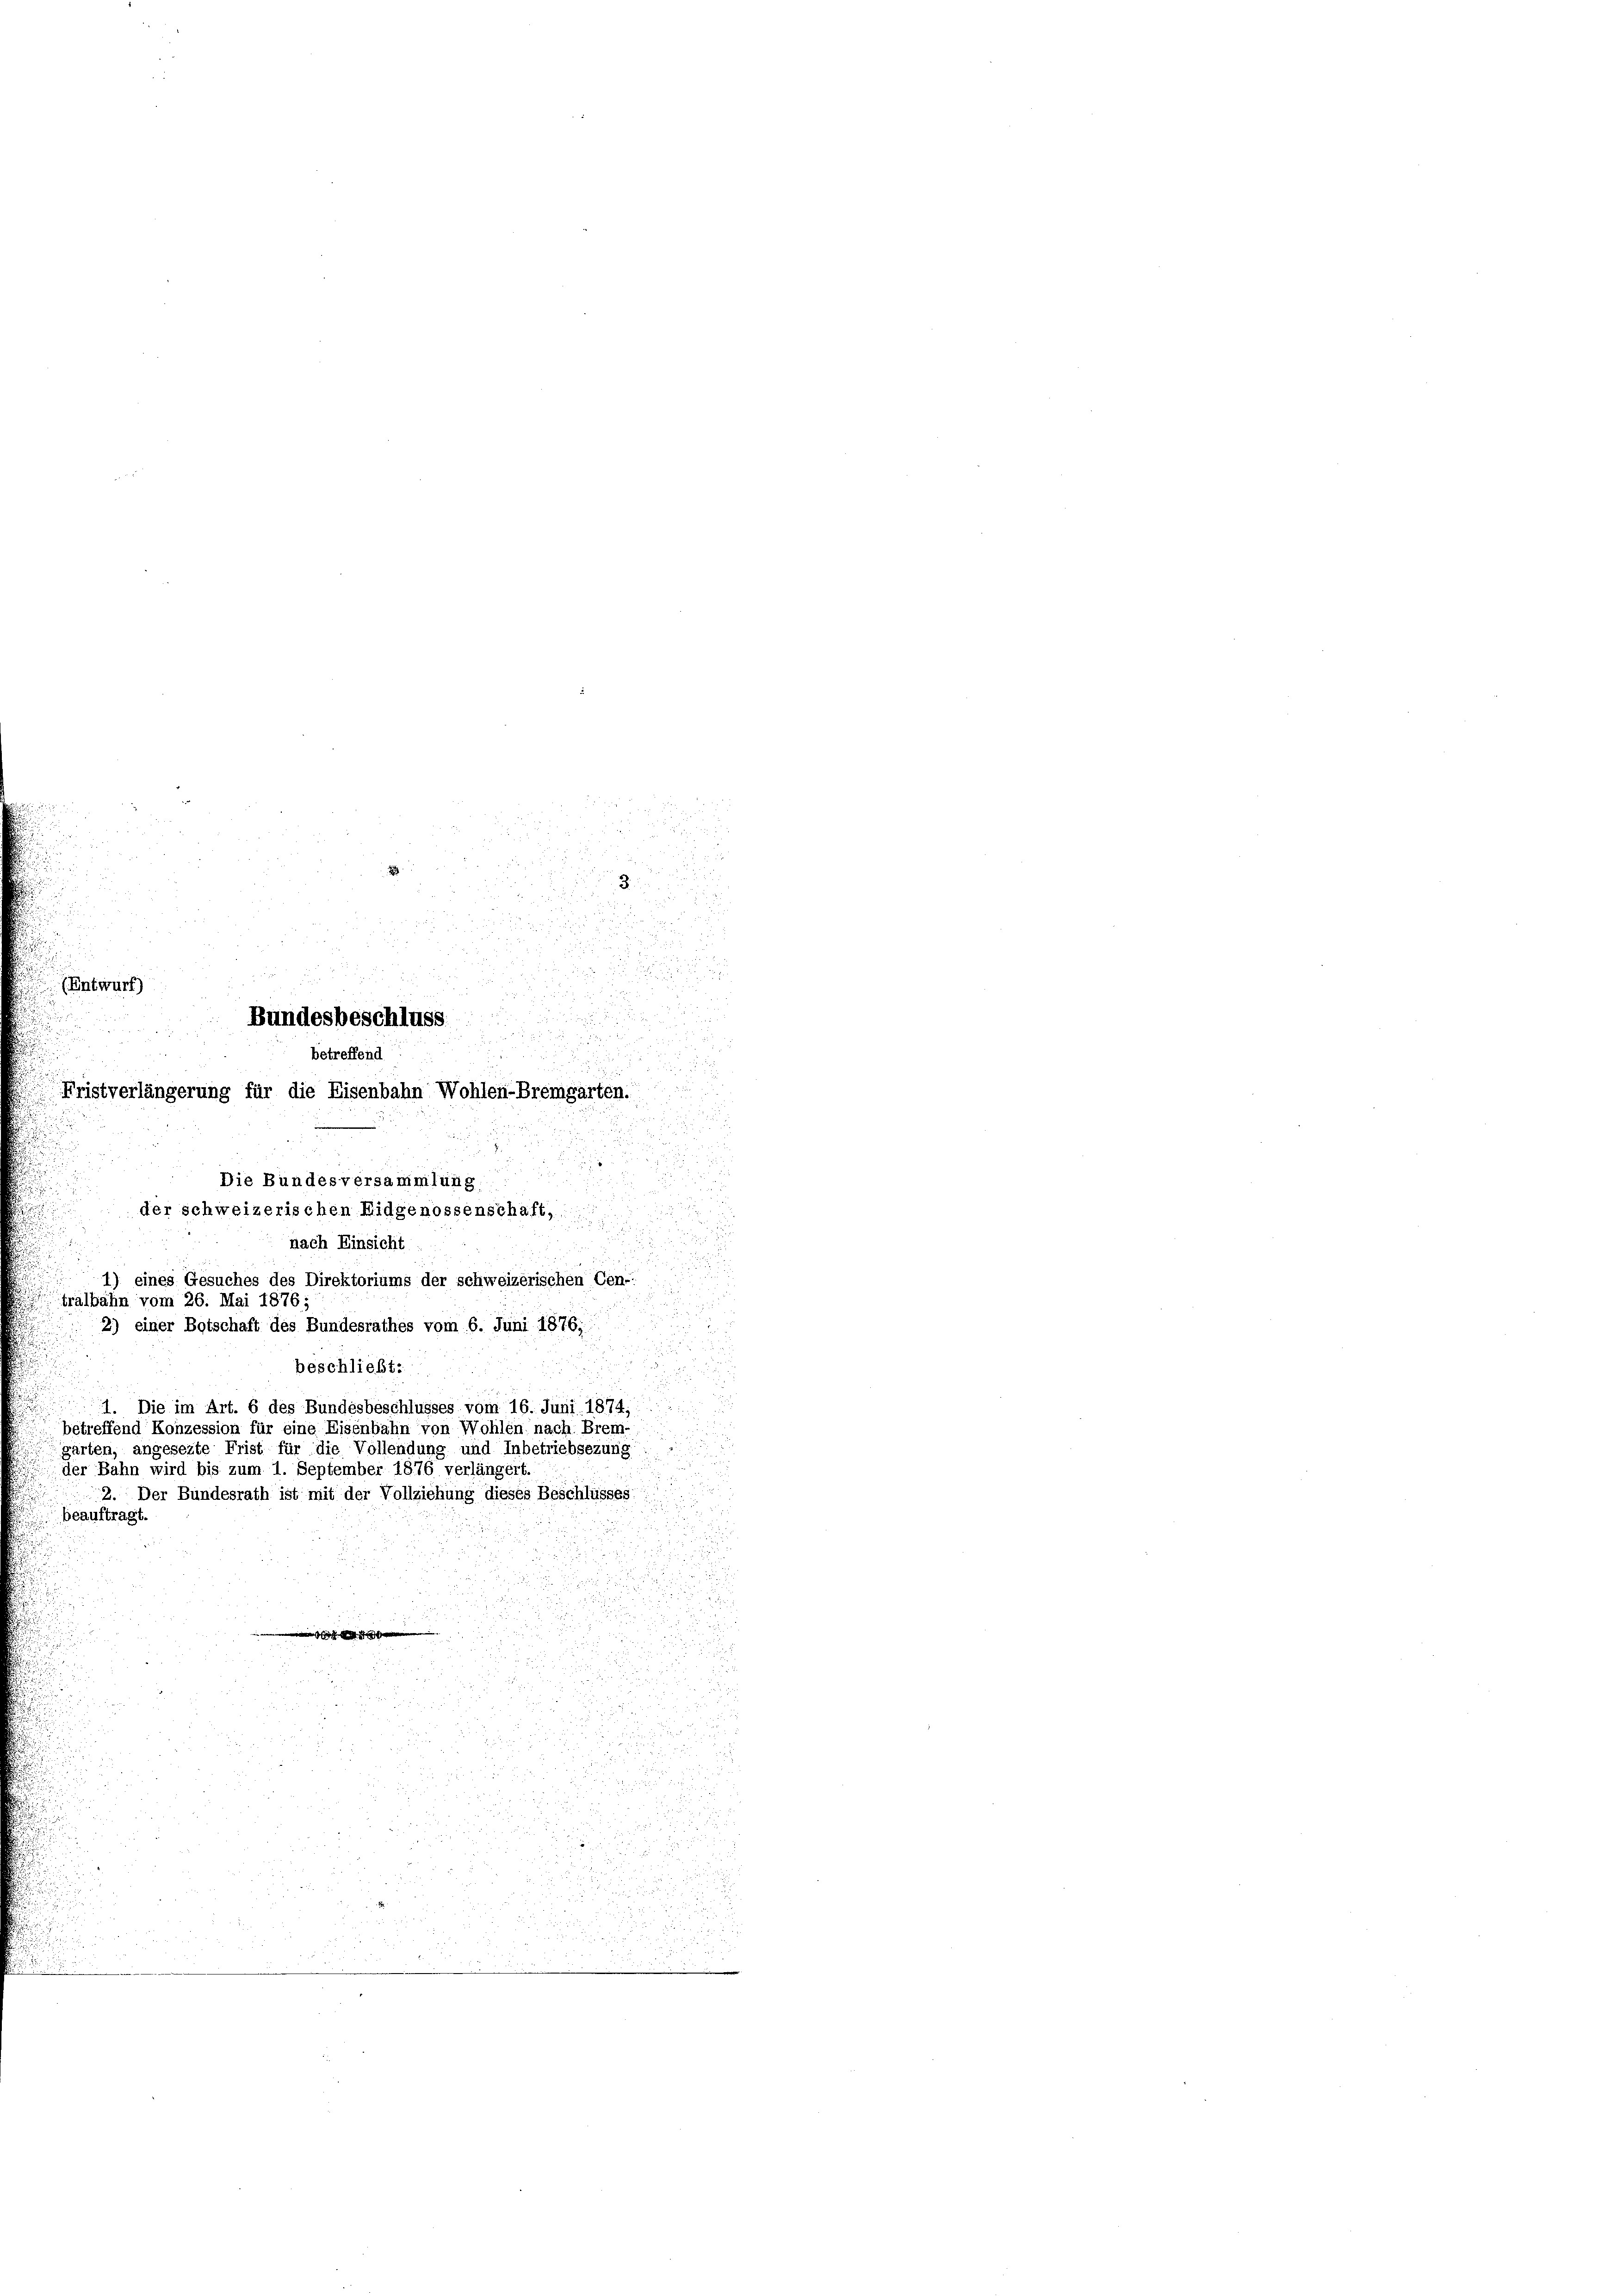
t

3.

(Entwurf)
.

Bundesbeschluss.

betreffend

Fristverlängerung für die Eisenbahn Wohlen-Bremgarten.
.
Die Bundesversammlung.

der schweizerischen Eidgenossenschaft,
e
nach Einsicht
52.

1) eines Gesuches des Direktoriums der schweizerischen Cen-
albahn vom 26. Mai 1876;
2) einer Botschaft des Bundesrathes vom 6. Juni 1876;
beschließt:
1. Die im Art. 6 des Bundesbeschlusses vom 16. Juni 1874,
betreffend Konzession für eine Eisenbahn von Wohlen nach Brem-
garten, angesezte Frist für die Vollendung und Inbetriebsezung
der Bahn wird bis zum 1. September 1876 verlängert.
2. Der Bundesrath ist mit der Vollziehung dieses Beschlusses
beauftragt.